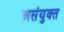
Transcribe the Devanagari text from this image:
असंयुक्‍त